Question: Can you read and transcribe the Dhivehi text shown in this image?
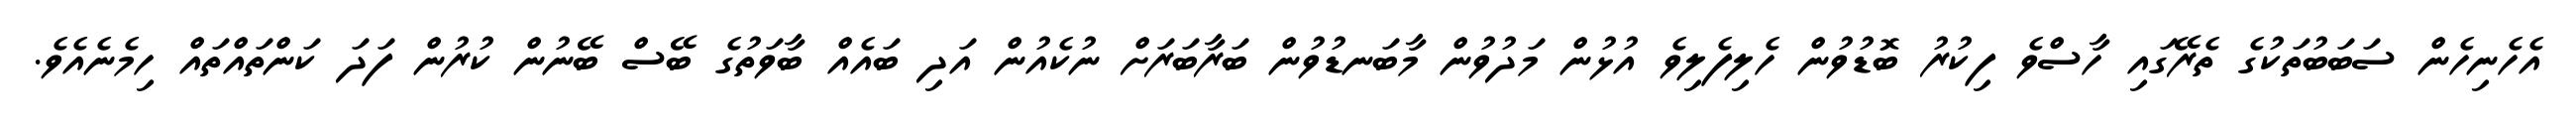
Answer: އެހެނިހެން ސަބަބުތަކުގެ ތެރޭގައި ހާސްވެ ފިކުރު ބޮޑުވުން ހެލިފެލިވެ އުޅުން މަދުވުން މާބަނޑުވުން ބަރާބަރަށް ނުކެއުން އަދި ބައެއް ބާވަތުގެ ބޭސް ބޭނުން ކުރުން ފަދަ ކަންތައްތައް ހިމެނެއެވެ.